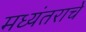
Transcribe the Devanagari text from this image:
मध्यंतराचे